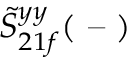
\tilde { S } _ { 2 1 f } ^ { y y } ( \textrm { -- } )